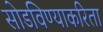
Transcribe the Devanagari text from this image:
सोडविण्‍याकरिता